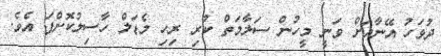
ދުވަހު އޭނާއަށް ވަނީ މީހުން ސަލާމަތް ކުރި ރިހި މެޑަލް ހާސިލުކޮށްފަ އެވެ.